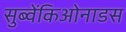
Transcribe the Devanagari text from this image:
सुब्वेंकिओनाडस